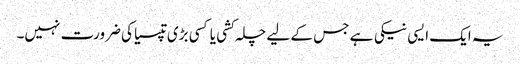
یہ ایک ایسی نیکی ہے جس کے لیے چلہ کشی یا کسی بڑی تپسیا کی ضرورت نہیں۔